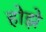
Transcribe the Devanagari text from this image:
होझे